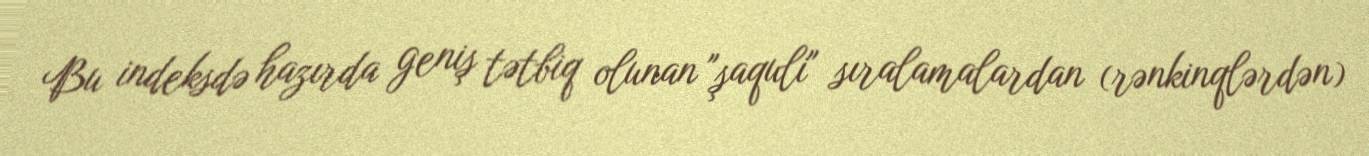
Bu indeksdə hazırda geniş tətbiq olunan "şaquli" sıralamalardan (rənkinqlərdən)